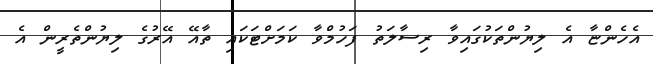
އެހެންޏާ އެ ލިޔުންތަކުގައިވާ ރިސާލަތު ފަހުމްވާ ކަމަށްޓަކައި ތާއޭ އޭރުގެ ލިޔުންތެރީން އެ